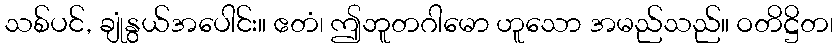
သစ်ပင်, ချုံနွယ်အပေါင်း။ ဧတံ၊ ဤဘူတဂါမော ဟူသော အမည်သည်။ ဝတိဋ္ဌိတ၊